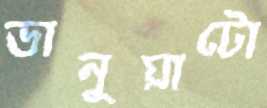
ভানুয়াটো